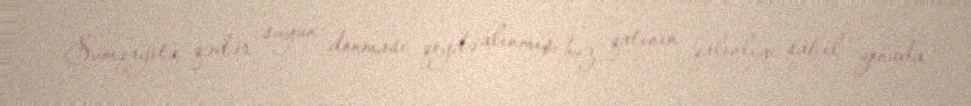
Sumqayıta qədər suyun donması qeydə alınmış, buz qatının qalınlığı sahil zonada